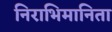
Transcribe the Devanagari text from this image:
निराभिमानिता